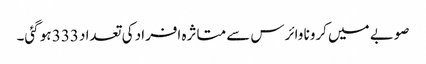
صوبے میں کرونا وائرس سے متاثرہ افراد کی تعداد 333 ہو گئی۔